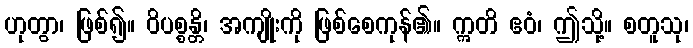
ဟုတွာ၊ ဖြစ်၍။ ဝိပစ္စန္တိ၊ အကျိုးကို ဖြစ်စေကုန်၏။ ဣတိ ဧဝံ၊ ဤသို့။ စတူသု၊